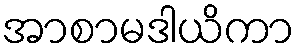
အာစာမဒါယိကာ